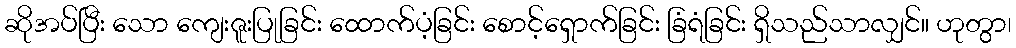
ဆိုအပ်ပြီး သော ကျေးဇူးပြုခြင်း ထောက်ပံ့ခြင်း စောင့်ရှောက်ခြင်း ခြံရံခြင်း ရှိသည်သာလျှင်။ ဟုတွာ၊